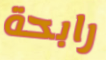
رابحة